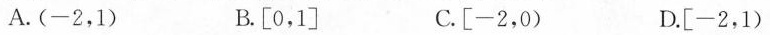
A. (-2，1) B. [0，1] C. [-2，0) D. [-2，1)